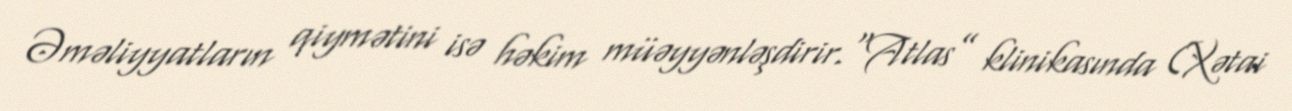
Əməliyyatların qiymətini isə həkim müəyyənləşdirir.“Atlas” klinikasında (Xətai